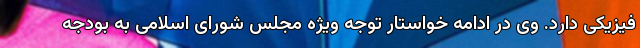
فیزیکی دارد. وی در ادامه خواستار توجه ویژه مجلس شورای اسلامی به بودجه